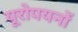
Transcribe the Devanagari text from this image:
यूरोपयनों